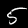
Label: 5